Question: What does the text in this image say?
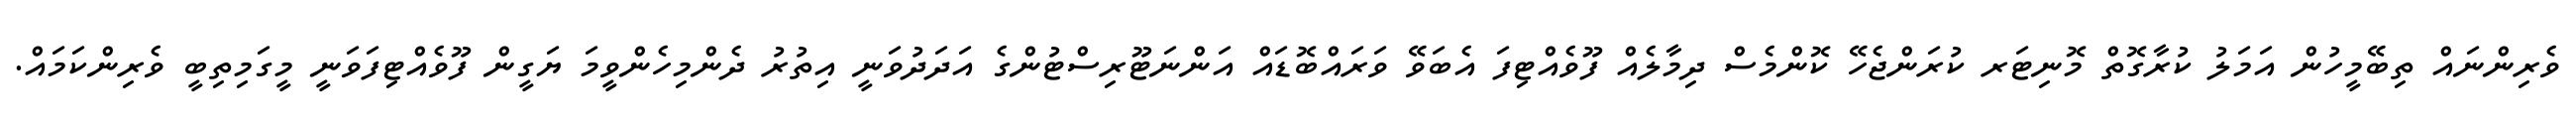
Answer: ވެރިންނައް ތިބޭމީހުން އަމަލު ކުރާގޮތް މޮނިޓަރ ކުރަންޖެހޭ ކޮންމެސް ދިމާލެއް ފޫވެއްޓިފަ އެބަވޭ ވަރައްބޮޑައް އަންނަޓޫރިސްޓުންގެ އަދަދުވަނީ އިތުރު ދެންމިހެންވީމަ ޔަގީން ފޫވެއްޓިފަވަނީ މީގަމިތިބީ ވެރިންކަމައް.